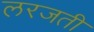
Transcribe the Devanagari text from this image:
लरजती